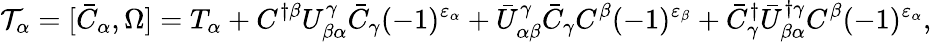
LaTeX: {\cal T}_{\alpha}=[\bar{C}_{\alpha},\Omega]=T_{\alpha}+C^{\dagger\beta}U_{\beta\alpha}^{\gamma}\bar{C}_{\gamma}(-1)^{\varepsilon_{\alpha}}+\bar{U}_{\alpha\beta}^{\gamma}\bar{C}_{\gamma}C^{\beta}(-1)^{\varepsilon_{\beta}}+\bar{C}_{\gamma}^{\dagger}\bar{U}_{\beta\alpha}^{\dagger\gamma}C^{\beta}(-1)^{\varepsilon_{\alpha}},